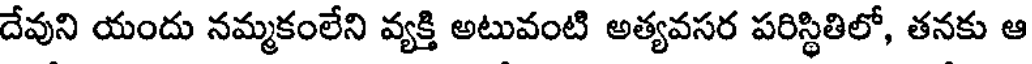
దేవుని యందు నమ్మకంలేని వ్యక్తి అటువంటి అత్యవసర పరిస్థితిలో, తనకు ఆ